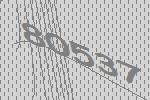
80537